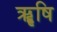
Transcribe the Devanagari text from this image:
ॠृषि